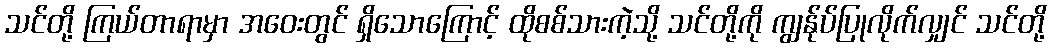
သင်တို့ ကြယ်တာရာမှာ အဝေးတွင် ရှိသောကြောင့် ထိုစစ်သားကဲ့သို့ သင်တို့ကို ကျွန်ုပ်ပြုလိုက်လျှင် သင်တို့